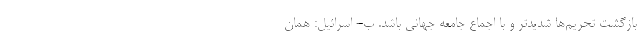
بازگشت تحریم­ها شدیدتر و با اجماع جامعه جهانی باشد. ب- اسرائیل: همان